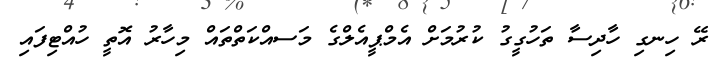
ރޭ ހިނގި ހާދިސާ ތަހުގީގު ކުރުމަށް އެމްޕީއެލްގެ މަަސއްކަތްތައް މިހާރު އޮތީ ހުއްޓިފައި